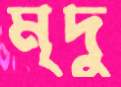
মৃদু